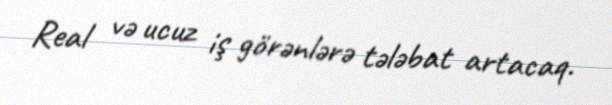
Real və ucuz iş görənlərə tələbat artacaq.